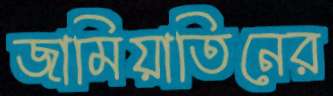
জামিয়াতিনের